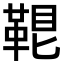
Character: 𩊷